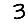
Digit: 3